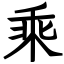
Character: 乘